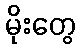
မိုးတွေ